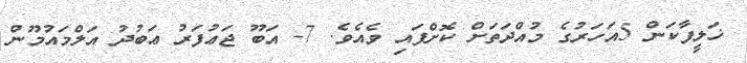
ޚަލީފާކަން 5އަހަރުގެ މުއްދަތަށް ކޮށްފައި ވެއެވެ. 7- އަބޫ ޖަޢުފަރު ޢަބުދު އަލްމައުމޫން